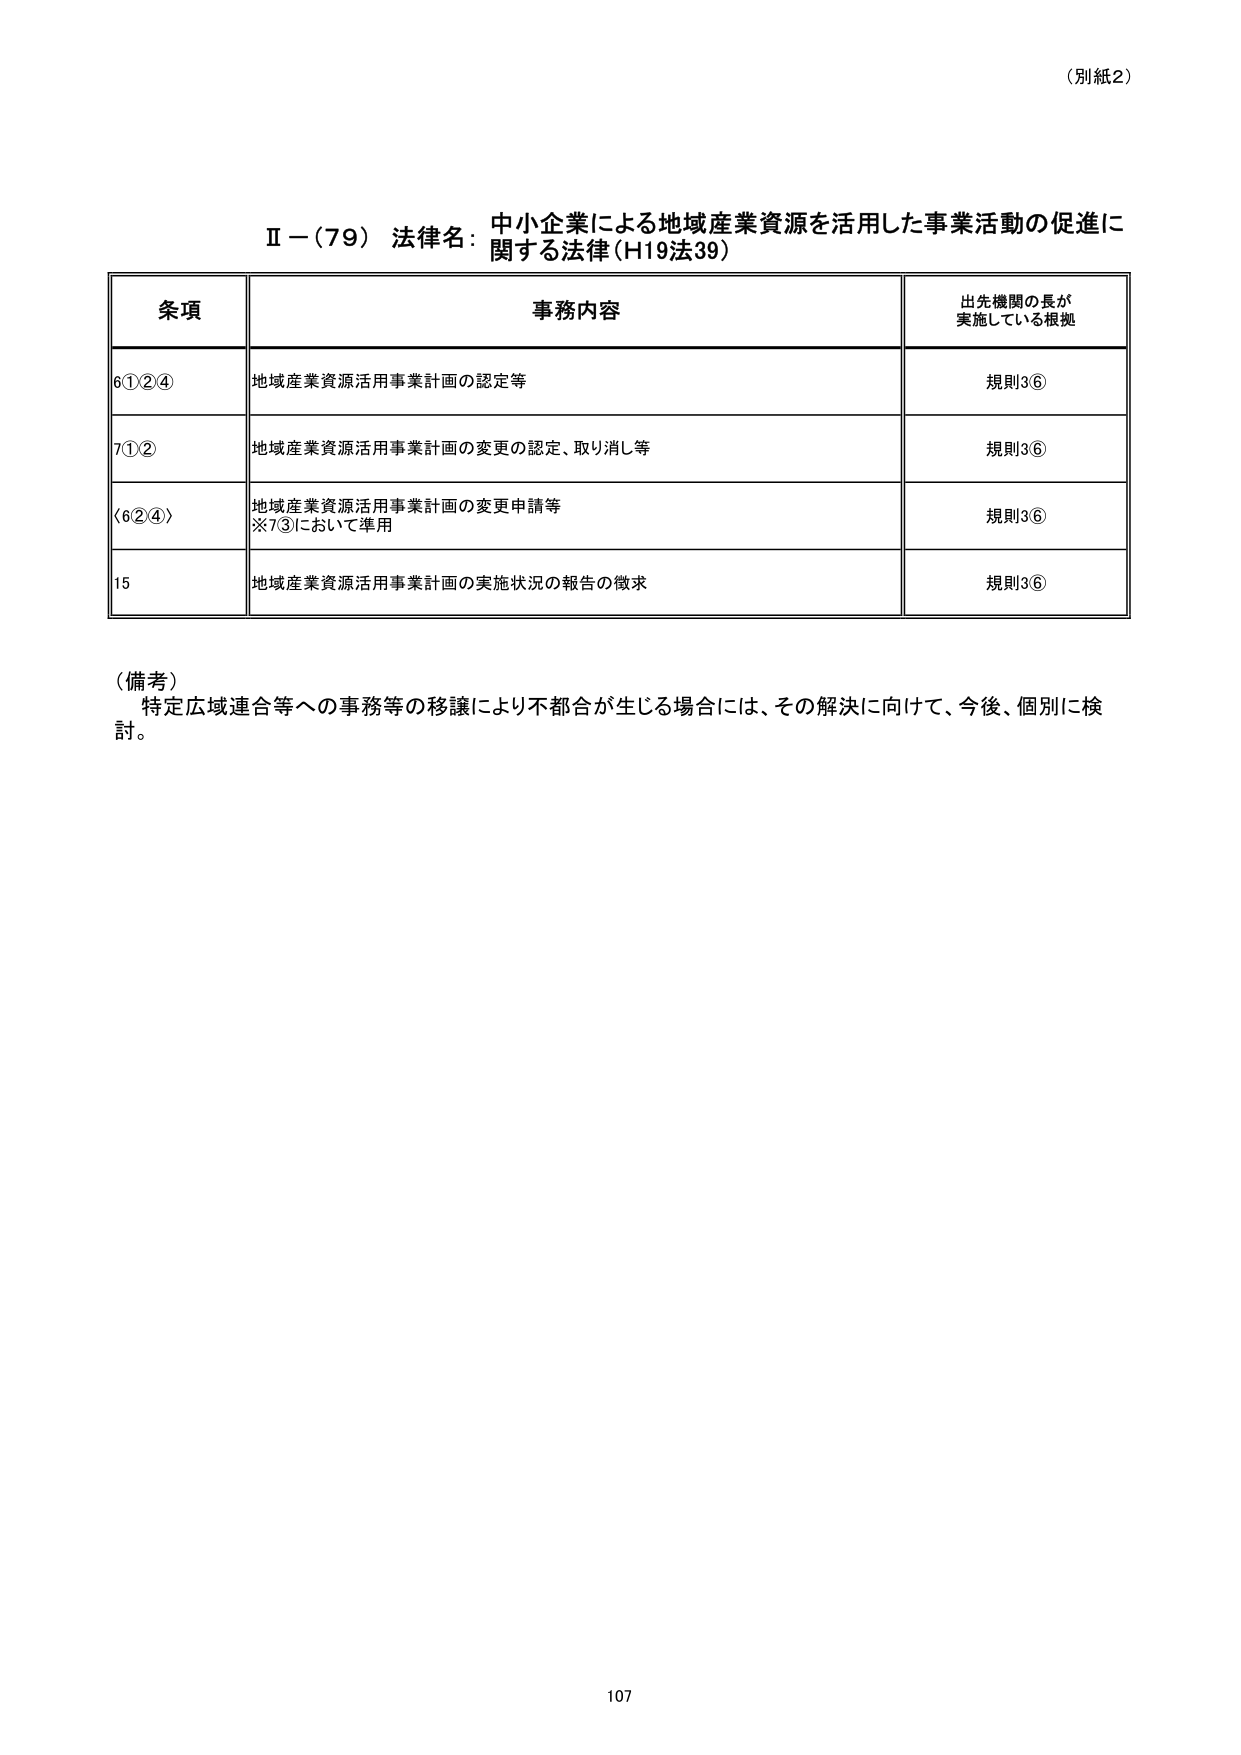
（別紙2）

Ⅱ－（79） 法律名：中小企業による地域産業資源を活用した事業活動の促進に関する法律（H19法39）

条項 事務内容 出先機関の長が実施している根拠
6①②④ 地域産業資源活用事業計画の認定等 規則3⑥
7①② 地域産業資源活用事業計画の変更の認定、取り消し等 規則3⑥
〈6②④〉 地域産業資源活用事業計画の変更申請等 ※7③において準用 規則3⑥
15 地域産業資源活用事業計画の実施状況の報告の徴求 規則3⑥

（備考）
特定広域連合等への事務等の移譲により不都合が生じる場合には、その解決に向けて、今後、個別に検討。

107